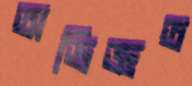
অভিজ্ঞত